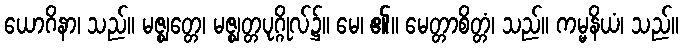
ယောဂိနာ၊ သည်။ မဇ္ဈတ္တေ၊ မဇ္ဈတ္တပုဂ္ဂိုလ်၌။ မေ၊ ၏။ မေတ္တာစိတ္တံ၊ သည်။ ကမ္မနိယံ၊ သည်။